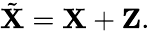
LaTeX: \tilde{\mathbf{X}}=\mathbf{X}+\mathbf{Z}.